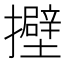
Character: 𢸵